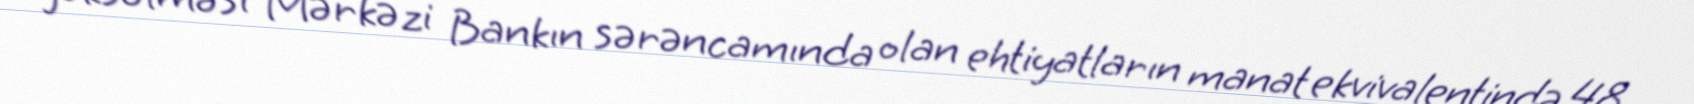
yüksəlməsi Mərkəzi Bankın sərəncamında olan ehtiyatların manat ekvivalentində 48